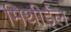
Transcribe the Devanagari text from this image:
मिथीईल